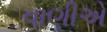
વાણીએ